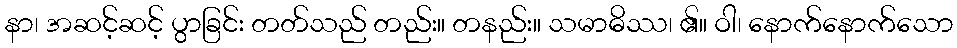
နာ၊ အဆင့်ဆင့် ပွာခြင်း တတ်သည် တည်း။ တနည်း။ သမာဓိဿ၊ ၏။ ဝါ၊ နောက်နောက်သော